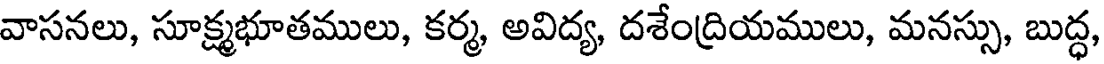
వాసనలు, సూక్ష్మభూతములు, కర్మ, అవిద్య, దశేంద్రియములు, మనస్సు, బుద్ధ,